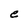
Character: e